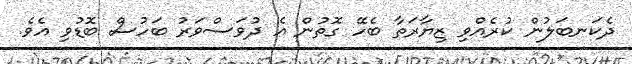
ދެކަނބަލުން ކުރެއްވި ޒިޔާރަތާ ބެހޭ ގޮތުން އެ ދުވަސްވަރު ބަހުސް ބޮޑުވި އެވެ.